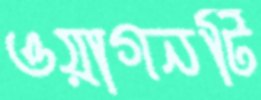
ওয়াগনটি